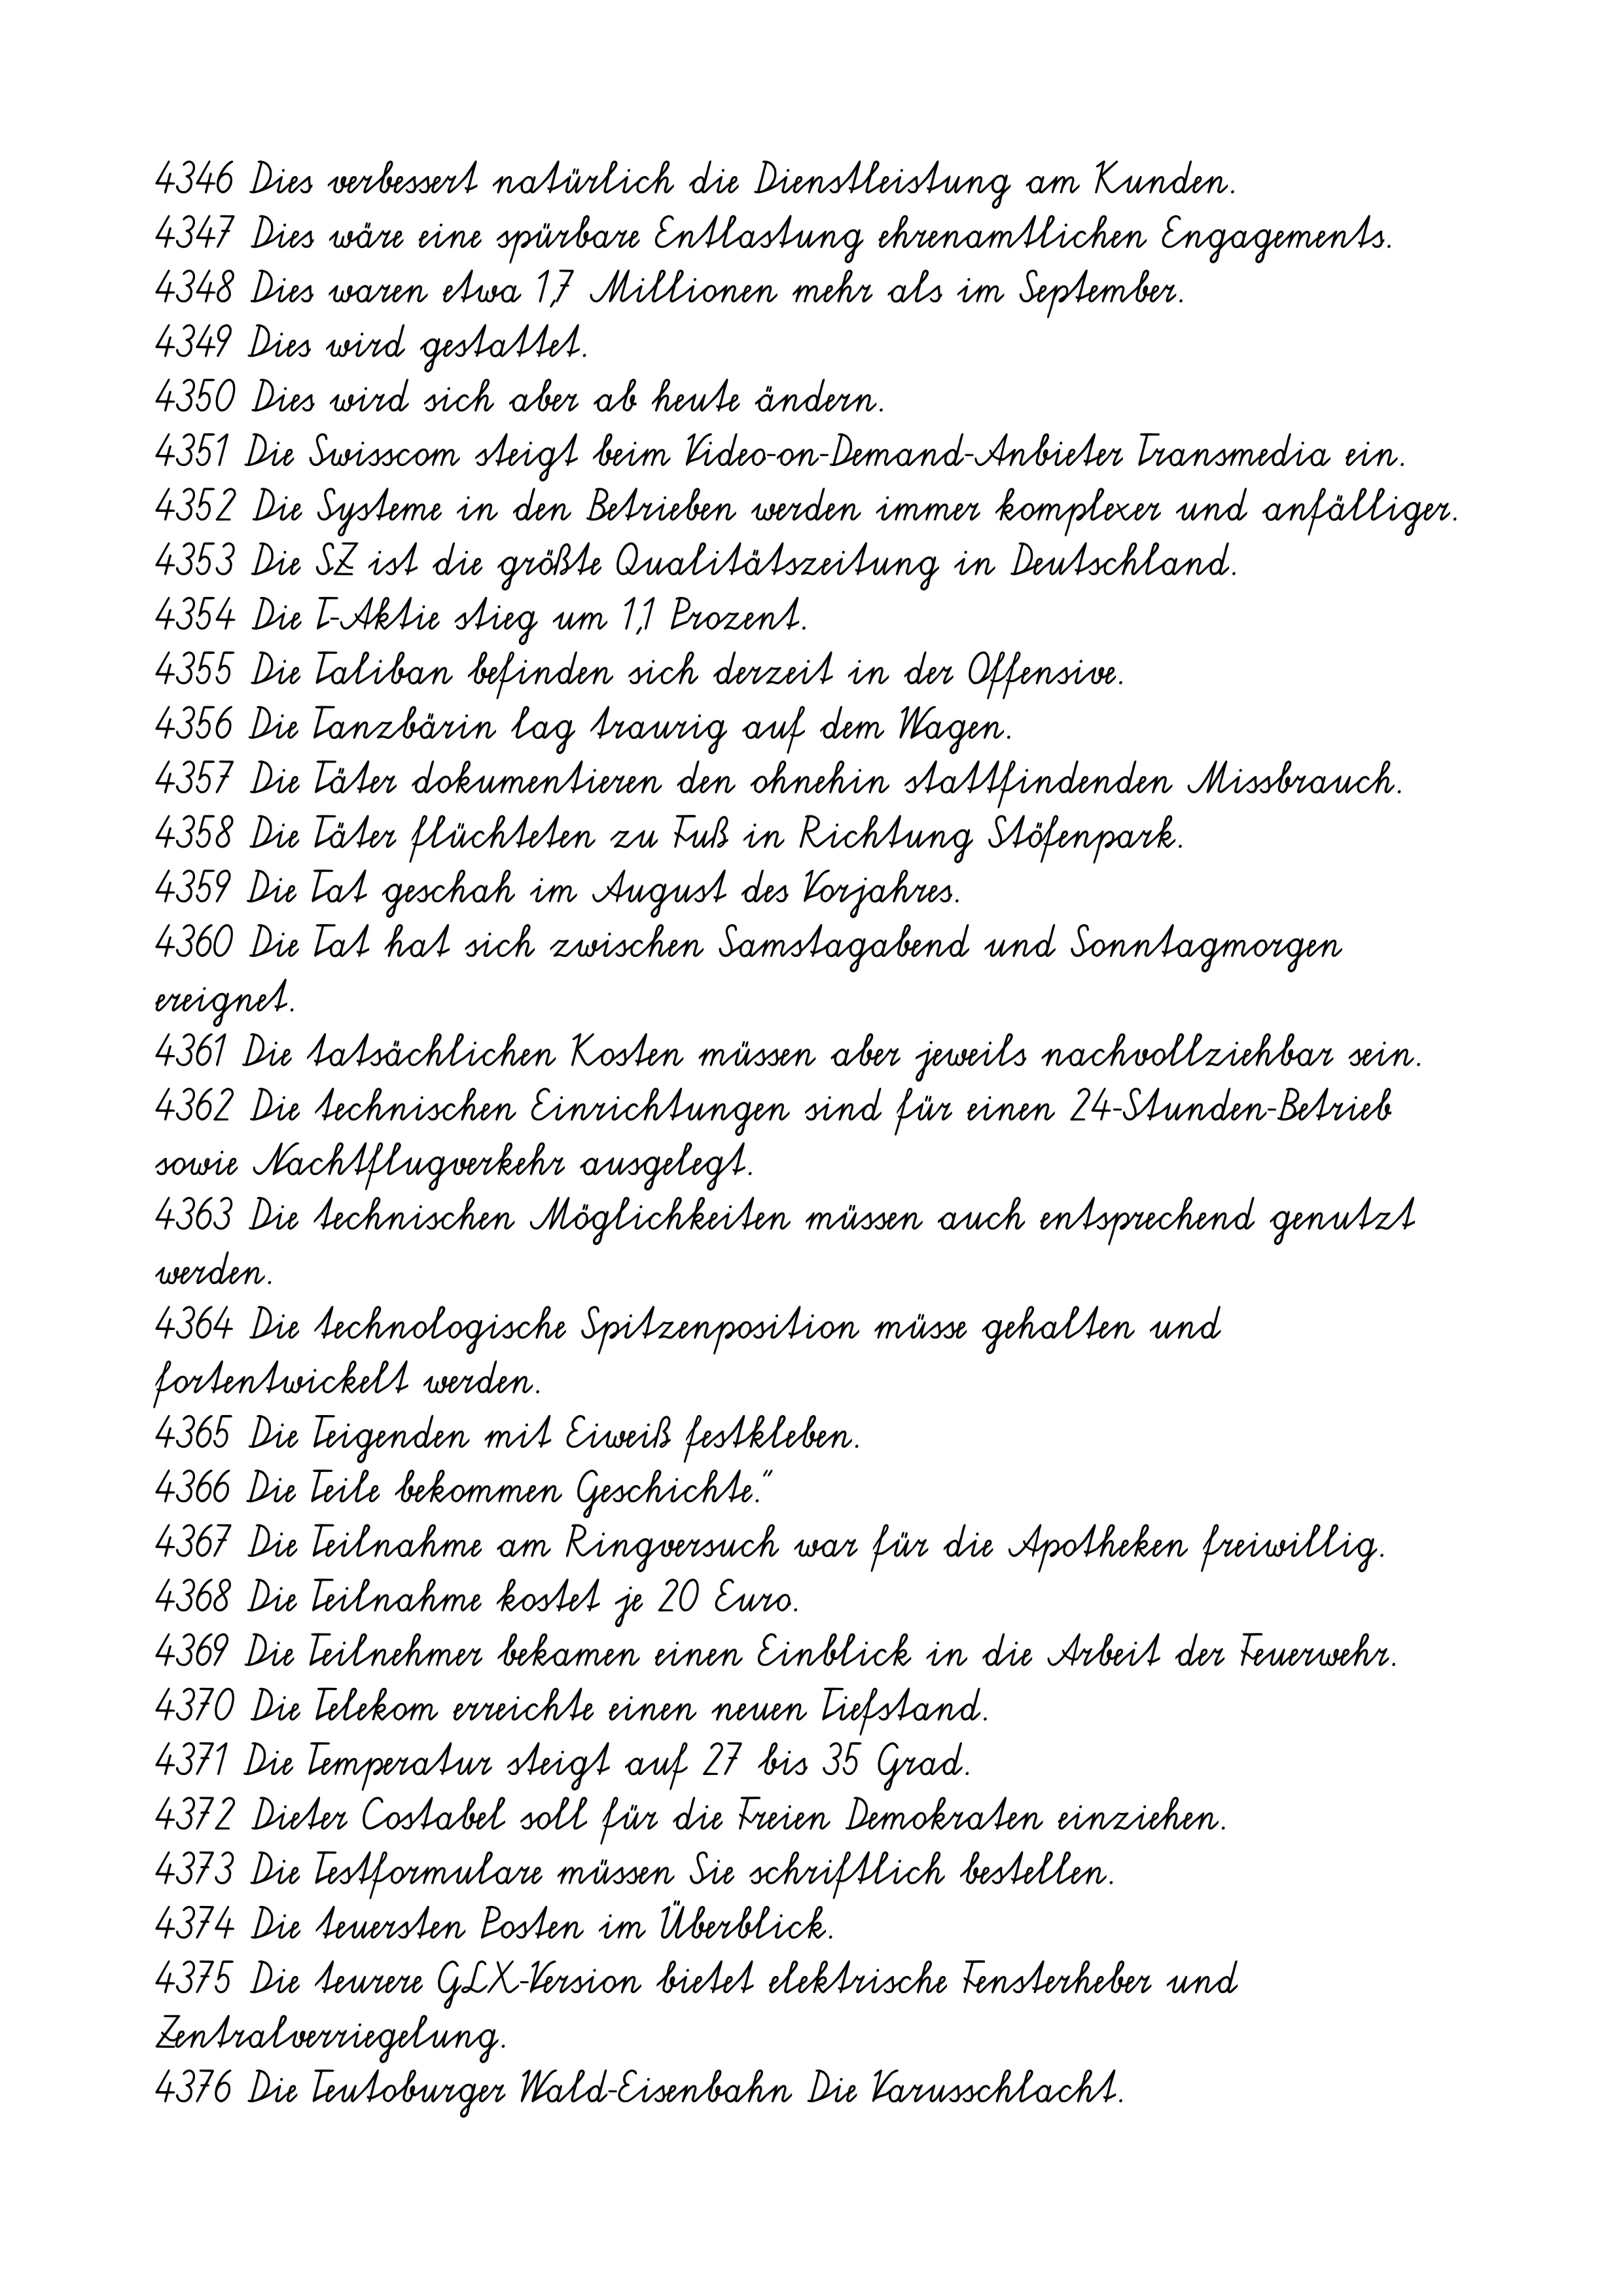
4346 Dies verbessert natürlich die Dienstleistung am Kunden.
4347 Dies wäre eine spürbare Entlastung ehrenamtlichen Engagements.
4348 Dies waren etwa 1,7 Millionen mehr als im September.
4349 Dies wird gestattet.
4350 Dies wird sich aber ab heute ändern.
4351 Die Swisscom steigt beim Video-on-Demand-Anbieter Transmedia ein.
4352 Die Systeme in den Betrieben werden immer komplexer und anfälliger.
4353 Die SZ ist die größte Qualitätszeitung in Deutschland.
4354 Die T-Aktie stieg um 1,1 Prozent.
4355 Die Taliban befinden sich derzeit in der Offensive.
4356 Die Tanzbärin lag traurig auf dem Wagen.
4357 Die Täter dokumentieren den ohnehin stattfindenden Missbrauch.
4358 Die Täter flüchteten zu Fuß in Richtung Stöfenpark.
4359 Die Tat geschah im August des Vorjahres.
4360 Die Tat hat sich zwischen Samstagabend und Sonntagmorgen
ereignet.
4361 Die tatsächlichen Kosten müssen aber jeweils nachvollziehbar sein.
4362 Die technischen Einrichtungen sind für einen 24-Stunden-Betrieb
sowie Nachtflugverkehr ausgelegt.
4363 Die technischen Möglichkeiten müssen auch entsprechend genutzt
werden.
4364 Die technologische Spitzenposition müsse gehalten und
fortentwickelt werden.
4365 Die Teigenden mit Eiweiß festkleben.
4366 Die Teile bekommen Geschichte."
4367 Die Teilnahme am Ringversuch war für die Apotheken freiwillig.
4368 Die Teilnahme kostet je 20 Euro.
4369 Die Teilnehmer bekamen einen Einblick in die Arbeit der Feuerwehr.
4370 Die Telekom erreichte einen neuen Tiefstand.
4371 Die Temperatur steigt auf 27 bis 35 Grad.
4372 Dieter Costabel soll für die Freien Demokraten einziehen.
4373 Die Testformulare müssen Sie schriftlich bestellen.
4374 Die teuersten Posten im Überblick.
4375 Die teurere GLX-Version bietet elektrische Fensterheber und
Zentralverriegelung.
4376 Die Teutoburger Wald-Eisenbahn Die Varusschlacht.